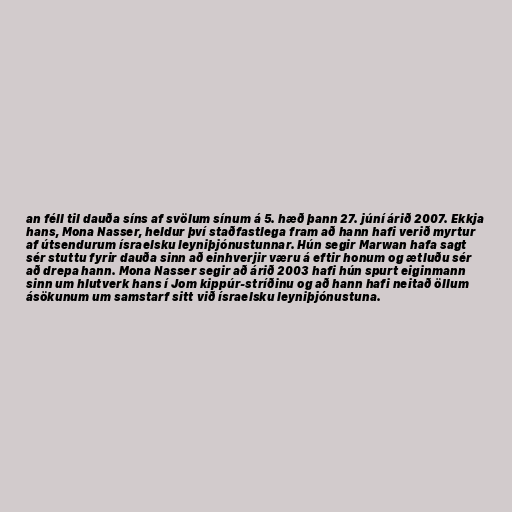
an féll til dauða síns af svölum sínum á 5. hæð þann 27. júní árið 2007. Ekkja
hans, Mona Nasser, heldur því staðfastlega fram að hann hafi verið myrtur
af útsendurum ísraelsku leyniþjónustunnar. Hún segir Marwan hafa sagt
sér stuttu fyrir dauða sinn að einhverjir væru á eftir honum og ætluðu sér
að drepa hann. Mona Nasser segir að árið 2003 hafi hún spurt eiginmann
sinn um hlutverk hans í Jom kippúr-stríðinu og að hann hafi neitað öllum
ásökunum um samstarf sitt við ísraelsku leyniþjónustuna.